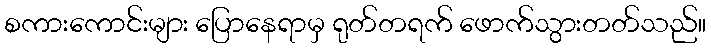
စကားကောင်းများ ပြောနေရာမှ ရုတ်တရက် ဖောက်သွားတတ်သည်။